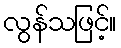
လွန်သဖြင့်။